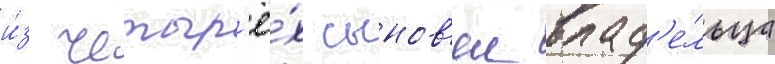
и́з четыр'ё́х сынов'еи влад'е́льца